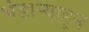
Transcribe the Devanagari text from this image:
भंडार्‍याहून